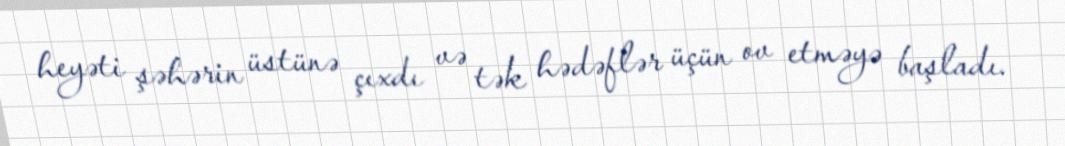
heyəti şəhərin üstünə çıxdı və tək hədəflər üçün ov etməyə başladı.